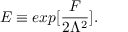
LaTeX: { \cal E } \equiv e x p [ \frac { { \cal F } } { 2 \Lambda ^ { 2 } } ] .